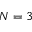
N = 3